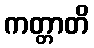
ကတ္တာတိ